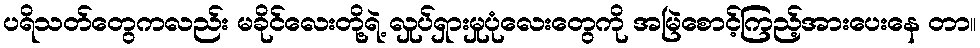
ပရိသတ်တွေကလည်း မခိုင်လေးတို့ရဲ့ လှုပ်ရှားမှုပုံလေးတွေကို အမြဲစောင့်ကြည့်အားပေးနေ တာ။